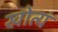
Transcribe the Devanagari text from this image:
खोत्यं